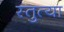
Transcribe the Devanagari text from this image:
स्तुत्या